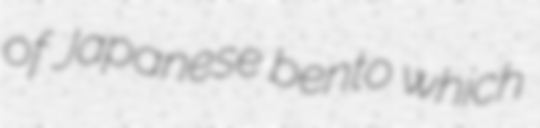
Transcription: of Japanese bento which